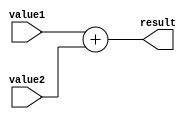
module add(value1, value2, result);
input [31:0] value1;
input [31:0] value2;
output [31:0] result;
reg [31:0] ra;

always @(*) begin
ra <= value1 + value2;
end
assign result = ra;
endmodule